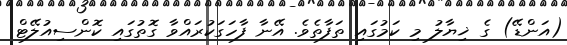
(އަންޑޭ) ގެ ޚިޔާލު މި ކަމުގައި ތަފާތެވެ. އޭނާ ފާހަގަކުރައްވާ ގޮތުގައި ކޮންސިއުލޭޓް